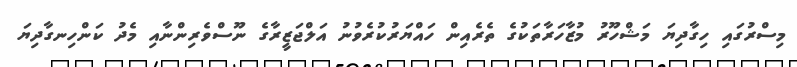
މިސްރުގައި ހިގާދިޔަ މަޝްހޫރު މުޒާހަރާތަކުގެ ތެރެއިން ހައްޔަރުކުރެވުނު އަލްޖަޒީރާގެ ނޫސްވެރިންނާއި މެދު ކަންހިނގާދިޔަ